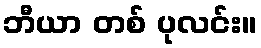
ဘီယာ တစ် ပုလင်း။